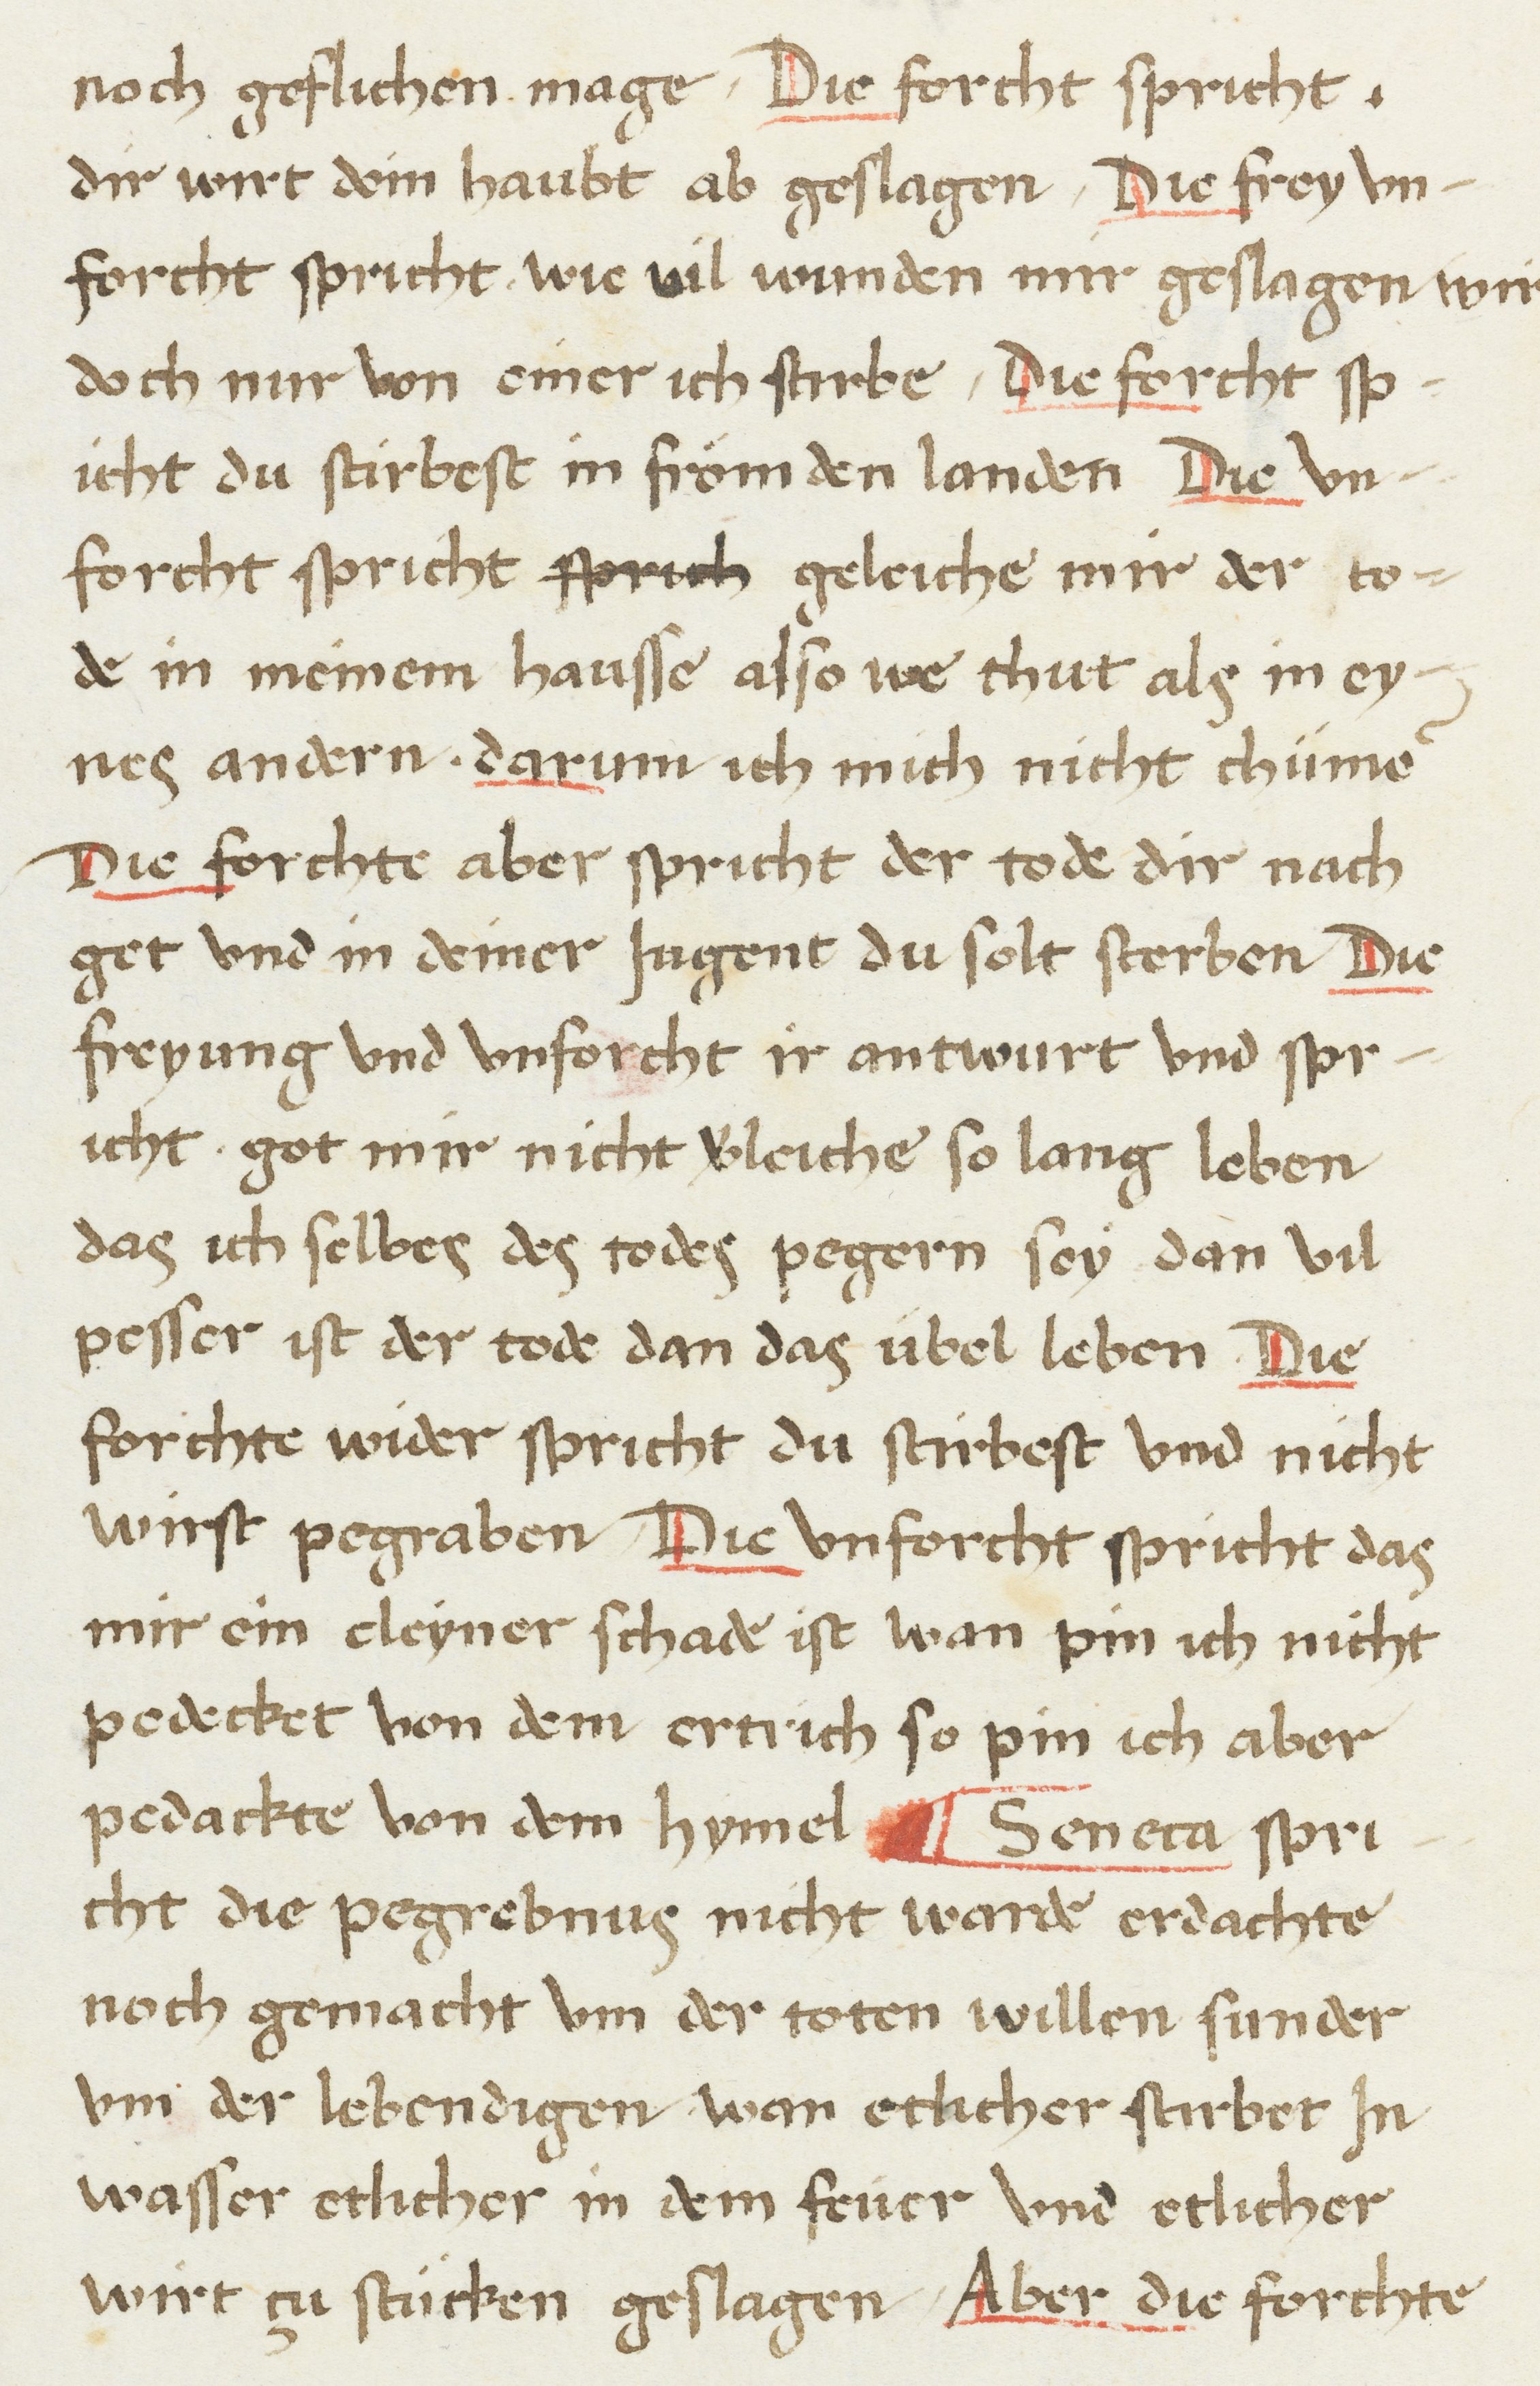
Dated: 1468–1468